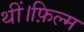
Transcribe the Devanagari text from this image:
थीं।फ़िल्म